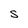
Character: S